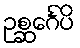
ဥစ္ဆင်္ဂေပိ